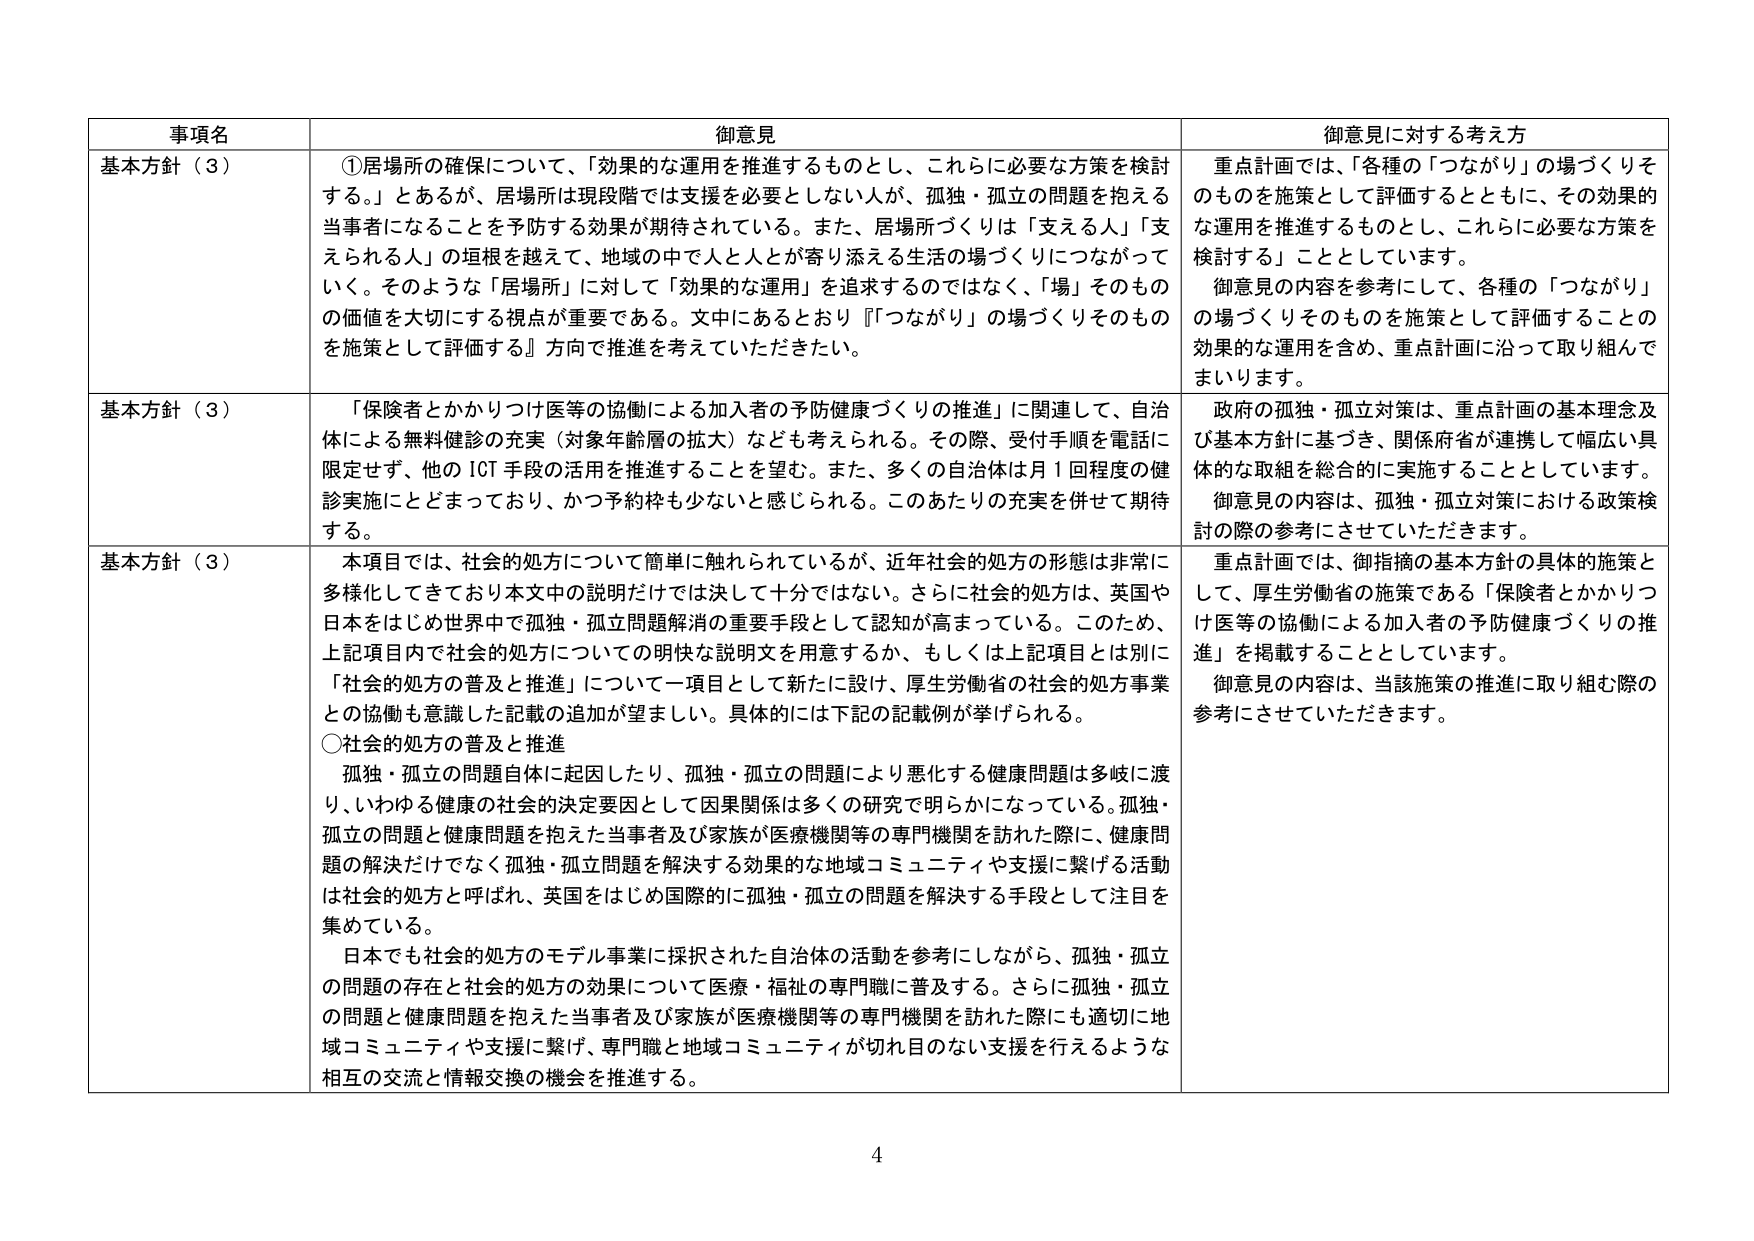
事項名 御意見 御意見に対する考え方
基本方針（3） ①居場所の確保について、「効果的な運用を推進するものとし、これらに必要な方策を検討する。」とあるが、居場所は現段階では支援を必要としない人が、孤独・孤立の問題を抱える当事者になることを予防する効果が期待されている。また、居場所づくりは「支える人」「支えられる人」の垣根を越えて、地域の中で人と人とが寄り添える生活の場づくりにつながっていく。そのような「居場所」に対して「効果的な運用」を追求するのではなく、「場」そのものの価値を大切にする視点が重要である。文中にあるとおり『「つながり」の場づくりそのものを施策として評価する』方向で推進を考えていただきたい。 重点計画では、「各種の「つながり」の場づくりそのものを施策として評価するとともに、その効果的な運用を推進するものとし、これらに必要な方策を検討する」こととしています。 御意見の内容を参考にして、各種の「つながり」の場づくりそのものを施策として評価することの効果的な運用を含め、重点計画に沿って取り組んでまいります。
基本方針（3） 「保険者とかかりつけ医等の協働による加入者の予防健康づくりの推進」に関連して、自治体による無料健診の充実（対象年齢層の拡大）なども考えられる。その際、受付手順を電話に限定せず、他のICT手段の活用を推進することを望む。また、多くの自治体は月1回程度の健診実施にとどまっており、かつ予約枠も少ないと感じられる。このあたりの充実を併せて期待する。 政府の孤独・孤立対策は、重点計画の基本理念及び基本方針に基づき、関係府省が連携して幅広い具体的な取組を総合的に実施することとしています。 御意見の内容は、孤独・孤立対策における政策検討の際の参考にさせていただきます。
基本方針（3） 本項目では、社会的処方について簡単に触れられているが、近年社会的処方の形態は非常に多様化してきており本文中の説明だけでは決して十分ではない。さらに社会的処方は、英国や日本をはじめ世界中で孤独・孤立問題解消の重要手段として認知が高まっている。このため、上記項目内で社会的処方についての明快な説明文を用意するか、もしくは上記項目とは別に「社会的処方の普及と推進」について一項目として新たに設け、厚生労働省の社会的処方事業との協働も意識した記載の追加が望ましい。具体的には下記の記載例が挙げられる。 ○社会的処方の普及と推進 孤独・孤立の問題自体に起因したり、孤独・孤立の問題により悪化する健康問題は多岐に渡り、いわゆる健康の社会的決定要因として因果関係は多くの研究で明らかになっている。孤独・孤立の問題と健康問題を抱えた当事者及び家族が医療機関等の専門機関を訪れた際に、健康問題の解決だけでなく孤独・孤立問題を解決する効果的な地域コミュニティや支援に繋げる活動は社会的処方と呼ばれ、英国をはじめ国際的に孤独・孤立の問題を解決する手段として注目を集めている。 日本でも社会的処方のモデル事業に採択された自治体の活動を参考にしながら、孤独・孤立の問題の存在と社会的処方の効果について医療・福祉の専門職に普及する。さらに孤独・孤立の問題と健康問題を抱えた当事者及び家族が医療機関等の専門機関を訪れた際にも適切に地域コミュニティや支援に繋げ、専門職と地域コミュニティが切れ目のない支援を行えるような相互の交流と情報交換の機会を推進する。 重点計画では、御指摘の基本方針の具体的施策として、厚生労働省の施策である「保険者とかかりつけ医等の協働による加入者の予防健康づくりの推進」を掲載することとしています。 御意見の内容は、当該施策の推進に取り組む際の参考にさせていただきます。
4